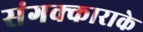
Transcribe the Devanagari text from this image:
संगक्काराके